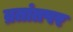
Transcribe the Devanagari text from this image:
व्रतांतपर